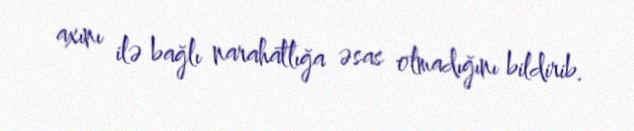
axını ilə bağlı narahatlığa əsas olmadığını bildirib.